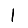
Digit: 1